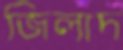
জিলাদ